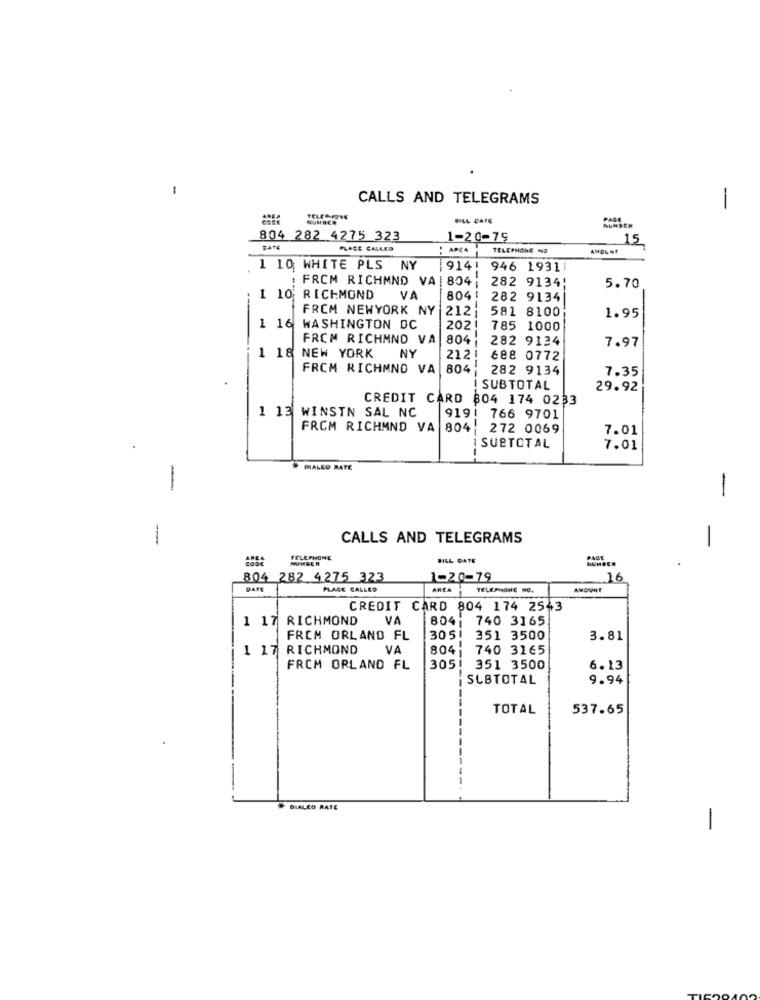
CALLS AND TELEGRAMS
-
PLL CATE
NUMBER
804 282 4275 323
1-20-79
15
DATE
PLACE CALLED
:APEA
TELEPHONE NO
1 10 WHITE PLS
NY
914!
946 19311
. FRCM RICHMND VA | 804;
282 9134!
5.70
1 10 RICHMOND
VA
804!
282 9134
-
FROM NEWYORK NY
212: 581 8100
1.95
1 16
WASHINGTON DC
202!
----
785 1000
FROM RICHMNO VA
804- 282 9124
7.97
NY
1 18 NEW YORK
212!
688 0772
FROM RICHMNO VA 804;
282 9134
7.35
I SUBTOTAL
29.92
CREDIT CARD 804 174 0233
1 13 WINSTN SAL NC
9191 766 9701
FROM RICHMND VA 804. 272 0069
7.01
SUBTOTAL
7.01
PIALED RATE
-
--
CALLS AND TELEGRAMS
-
TELEPHONE
HUNGER
BILL DATE
PAGE
HUMBER
804
282 4275 323
1-20-79
16
DATE
PLACE CALLED
AREA
TELEPHONE NO.
CREDIT CARD 804 174 2543
1 17 RICHMOND
VA
804| 740 3165
FROM ORLAND FL
3051 351 3500
3.81
1 17 RICHMOND
VA
804
740 3165
FROM ORLAND FL
3051
351 3500
6.13
SUBTOTAL
9.94
TOTAL
537.65
# DLALEO RATE
-